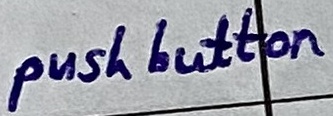
Text: push button